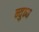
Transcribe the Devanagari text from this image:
न्युन्य